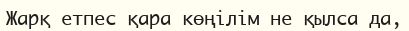
Жарқ етпес қара көңілім не қылса да,